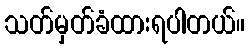
သတ်မှတ်ခံထားရပါတယ်။